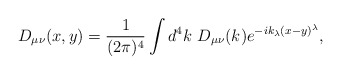
\begin{align*}D_{\mu\nu}(x,y) = \frac{1}{(2\pi)^4}\int d^4k\ D_{\mu\nu}(k)e^{-ik_\lambda(x-y)^\lambda},\end{align*}